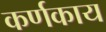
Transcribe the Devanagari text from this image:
कर्णकाय